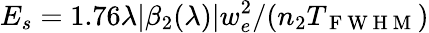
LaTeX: E_{s}=1.76\lambda\lvert\beta_{2}(\lambda)\rvert w_{e}^{2}/(n_{2}T_{\mathrm{~F~W~H~M~}})